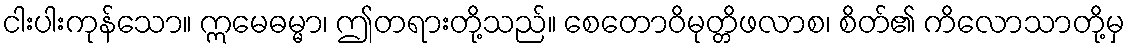
ငါးပါးကုန်သော။ ဣမေဓမ္မာ၊ ဤတရားတို့သည်။ စေတောဝိမုတ္တိဖလာစ၊ စိတ်၏ ကိလောသာတို့မှ